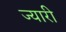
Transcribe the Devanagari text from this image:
ज्यारी